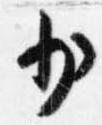
少